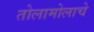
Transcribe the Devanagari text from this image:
तोलामोलाचे